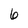
Character: 6